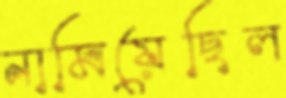
নামিয়েছিল